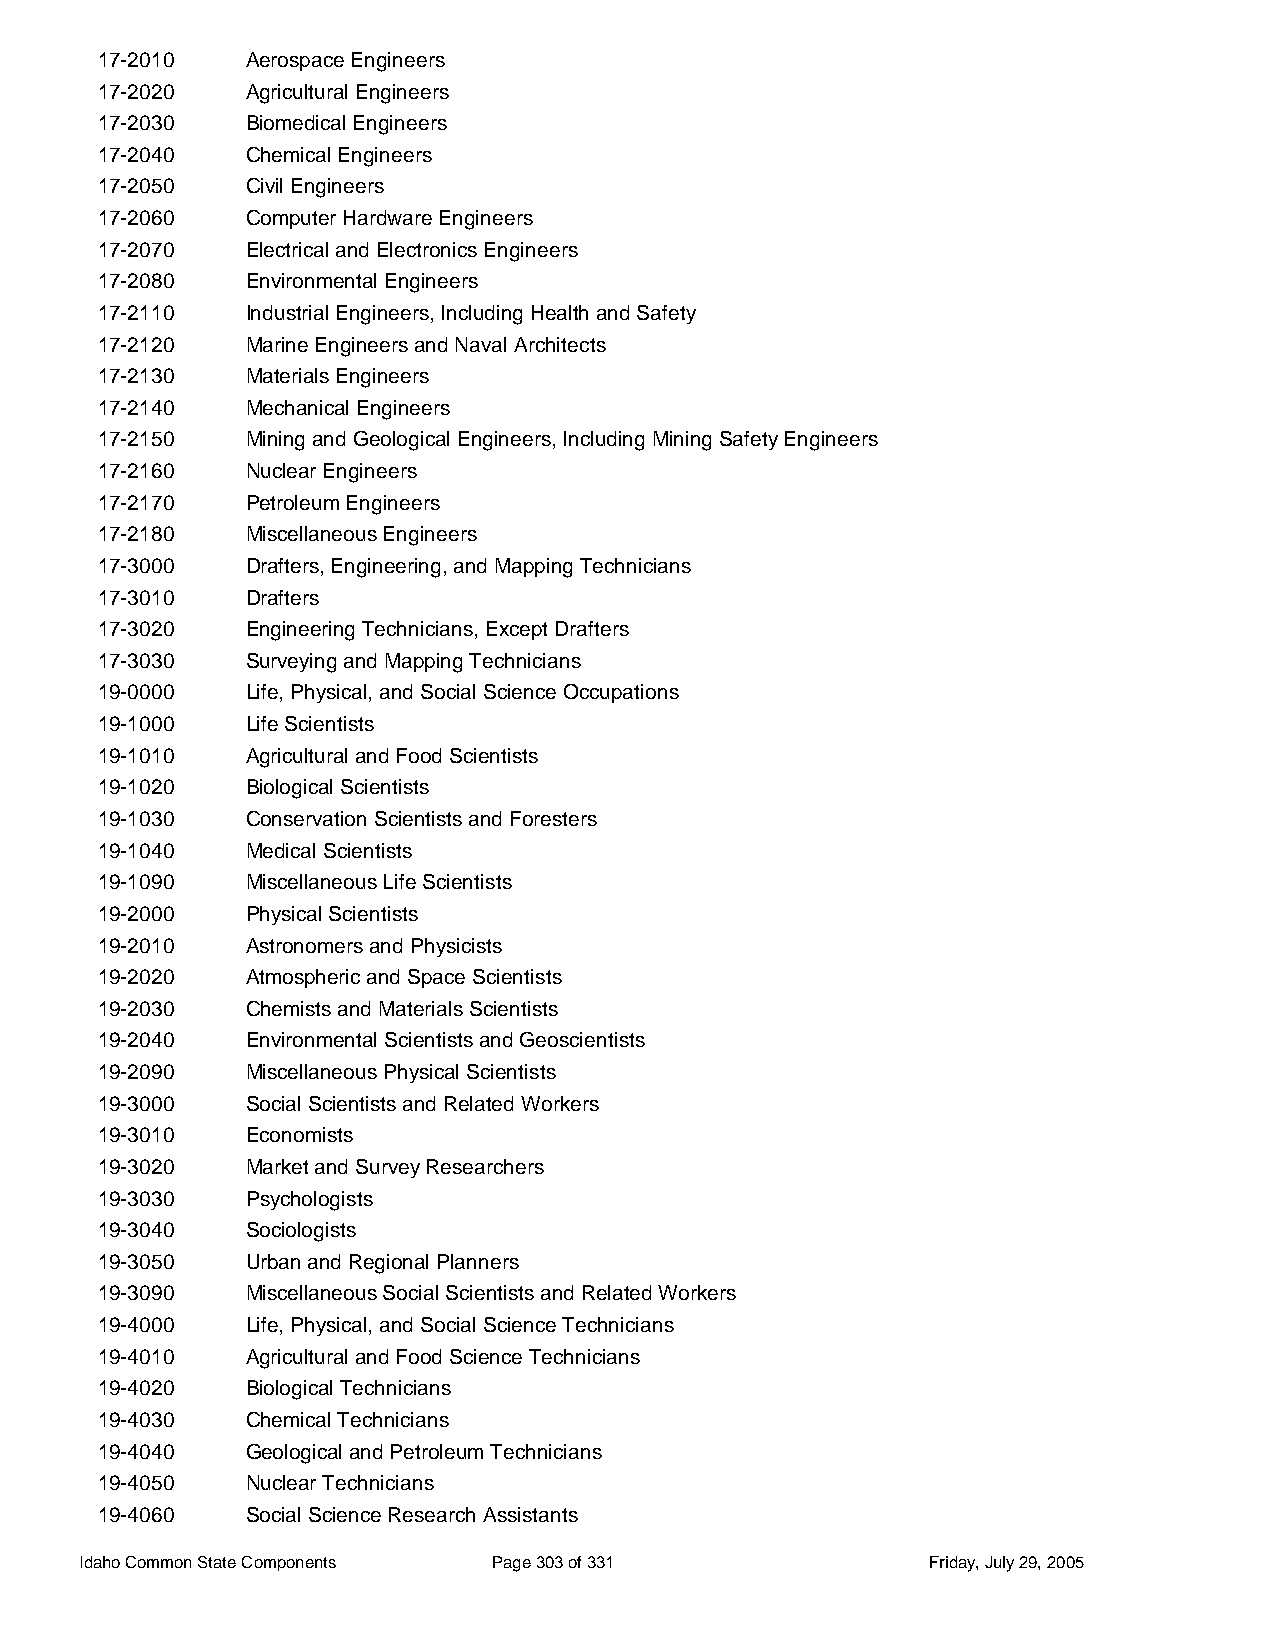
17-2010   Aerospace Engineers
 17-2020   Agricultural Engineers
 17-2030   Biomedical Engineers
 17-2040   Chemical Engineers
 17-2050   Civil Engineers
 17-2060   Computer Hardware Engineers
 17-2070   Electrical and Electronics Engineers
 17-2080   Environmental Engineers
 17-2110   Industrial Engineers, Including Health and Safety
 17-2120   Marine Engineers and Naval Architects
 17-2130   Materials Engineers
 17-2140   Mechanical Engineers
 17-2150   Mining and Geological Engineers, Including Mining Safety Engineers
 17-2160   Nuclear Engineers
 17-2170   Petroleum Engineers
 17-2180   Miscellaneous Engineers
 17-3000   Drafters, Engineering, and Mapping Technicians
 17-3010   Drafters
 17-3020   Engineering Technicians, Except Drafters
 17-3030   Surveying and Mapping Technicians
 19-0000   Life, Physical, and Social Science Occupations
 19-1000   Life Scientists
 19-1010   Agricultural and Food Scientists
 19-1020   Biological Scientists
 19-1030   Conservation Scientists and Foresters
 19-1040   Medical Scientists
 19-1090   Miscellaneous Life Scientists
 19-2000   Physical Scientists
 19-2010   Astronomers and Physicists
 19-2020   Atmospheric and Space Scientists
 19-2030   Chemists and Materials Scientists
 19-2040   Environmental Scientists and Geoscientists
 19-2090   Miscellaneous Physical Scientists
 19-3000   Social Scientists and Related Workers
 19-3010   Economists
 19-3020   Market and Survey Researchers
 19-3030   Psychologists
 19-3040   Sociologists
 19-3050   Urban and Regional Planners
 19-3090   Miscellaneous Social Scientists and Related Workers
 19-4000   Life, Physical, and Social Science Technicians
 19-4010   Agricultural and Food Science Technicians
 19-4020   Biological Technicians
 19-4030   Chemical Technicians
 19-4040   Geological and Petroleum Technicians
 19-4050   Nuclear Technicians
 19-4060   Social Science Research Assistants
 Idaho Common State Components Page 303 of 331           Friday, July 29, 2005